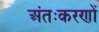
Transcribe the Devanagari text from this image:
अंतःकरणों